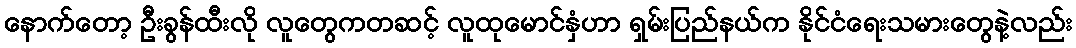
နောက်တော့ ဦးခွန်ထီးလို လူတွေကတဆင့် လူထုမောင်နှံဟာ ရှမ်းပြည်နယ်က နိုင်ငံရေးသမားတွေနဲ့လည်း